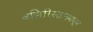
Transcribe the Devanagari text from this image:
वझिरिस्तानमधून